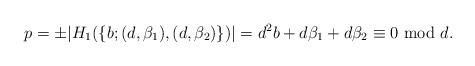
LaTeX: \begin{align*}p = \pm |H_1(\{b;(d,\beta_1),(d,\beta_2) \} )| = d^2b + d\beta_1 + d\beta_2 \equiv 0 \mbox{ mod } d.\end{align*}